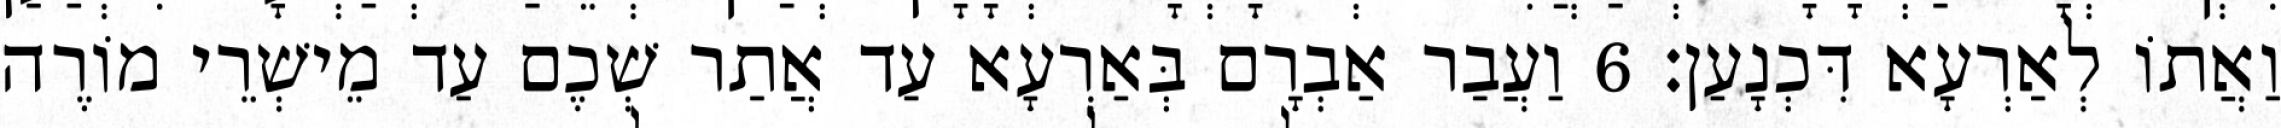
וַאֲתוֹ לְאַרְעָא דִּכְנָעַן׃ 6 וַעֲבַר אַבְרָם בְּאַרְעָא עַד אֲתַר שְׁכֶם עַד מֵישְׁרֵי מוֹרֶה